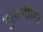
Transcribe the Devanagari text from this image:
पुरवणीला